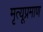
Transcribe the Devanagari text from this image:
मृत्यूप्रमाण